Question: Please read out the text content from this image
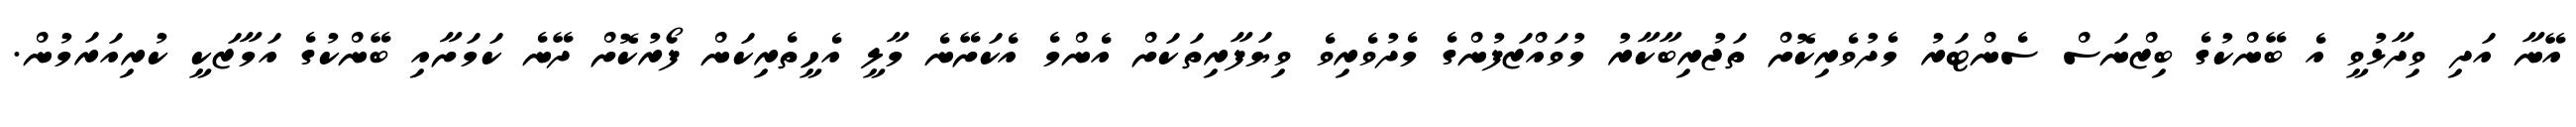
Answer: އޭނާ އަދި ވިދާޅުވީ އެ ބޭންކުގެ ބިޒްނަސް ސެންޓަރު މެދުވެރިކޮށް ތަޖުރިބާކާރު މުވައްޒަފުންގެ މެދުވެރިވެ ވިޔަފާރިތަކަށް އެންމެ އެކަށޭނެ މާލީ އެހީތެރިކަން ފޯރުކޮށް ދޭނެ ކަމަށާއި ބޭންކުގެ އަމާޒަކީ ކުރިއަރަމުން.